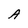
Character: A